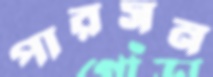
পারসন